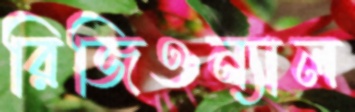
রিজিওন্যাল